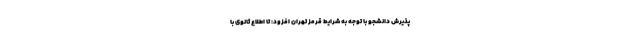
پذیرش دانشجو با توجه به شرایط قرمز تهران افزود: تا اطلاع ثانوی با